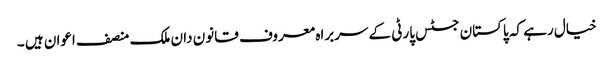
خیال رہے کہ پاکستان جسٹس پارٹی کے سربراہ معروف قانون دان ملک منصف اعوان ہیں ۔